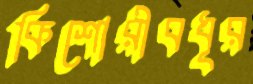
কিশোরীবধূর